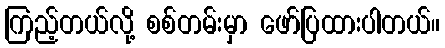
ကြည့်တယ်လို့ စစ်တမ်းမှာ ဖော်ပြထားပါတယ်။